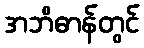
အဘိဓာန်တွင်